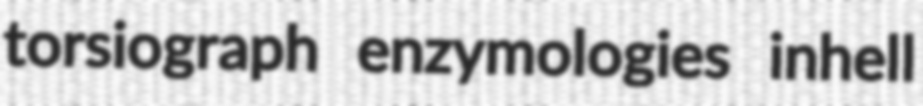
torsiograph enzymologies inhell